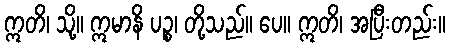
ဣတိ၊ သို့။ ဣမာနိ ပဉ္စ၊ တို့သည်။ ပေ။ ဣတိ၊ အပြီးတည်း။